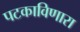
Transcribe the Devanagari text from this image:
पटकाविणारा